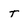
Character: T